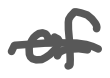
Text: of
Cross-out: single-line
Writing tool: digital_gray